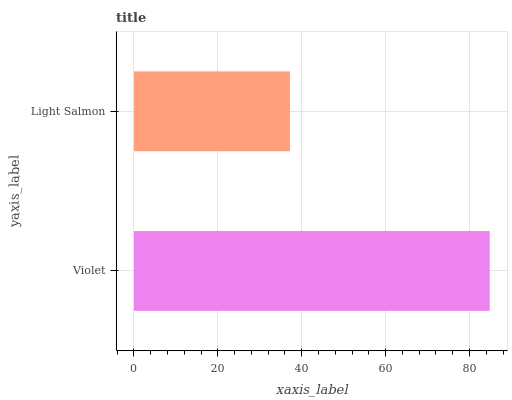
| yaxis_label | bars |
 | --- | --- |
 | Violet | 84.8 |
 | Light Salmon | 37.2 |